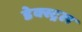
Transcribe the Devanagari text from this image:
डेक्स्ट्रल